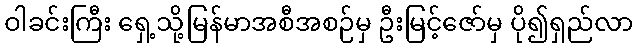
ဝါခင်းကြီး ရှေ့သို့မြန်မာအစီအစဉ်မှ ဦးမြင့်ဇော်မှ ပို၍ရှည်လာ